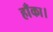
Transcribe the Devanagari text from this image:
हाँका।